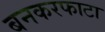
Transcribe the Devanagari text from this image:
बनकरफाटा